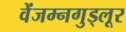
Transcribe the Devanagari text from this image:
वेंजम्नगुड्लूर